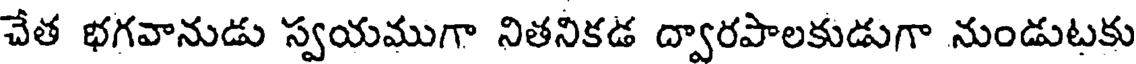
చేత భగవానుడు స్వయముగా నితనికడ ద్వారపాలకుడుగా నుండుటకు